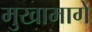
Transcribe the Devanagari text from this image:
मुखामागे